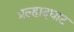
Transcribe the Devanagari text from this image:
प्रल्हादघाट